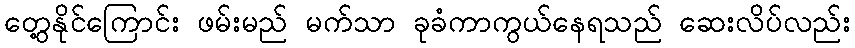
တွေ့နိုင်ကြောင်း ဖမ်းမည် မက်သာ ခုခံကာကွယ်နေရသည် ဆေးလိပ်လည်း